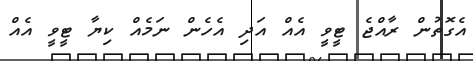
އެގޮތުން ރާއްޖެ ޓީވީ އެއް އަދި އެހެން ނަމެެއް ކިޔާ ޓީވީ އެއް